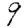
Digit: 9